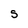
Character: S